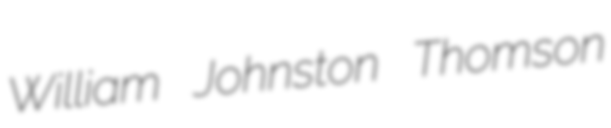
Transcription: William Johnston Thomson